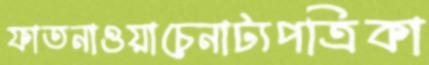
ফাতনাওয়াচেনাট্যপত্রিকা